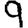
Digit: 9